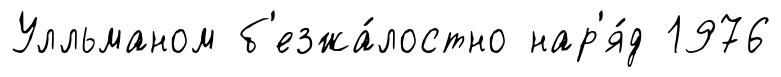
Улльманом б'езжа́лостно нар'я́д 1976